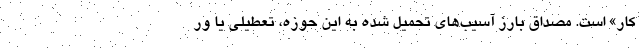
کار» است. مصداق بارز آسیب‌های تحمیل شده به این حوزه، تعطیلی یا ور